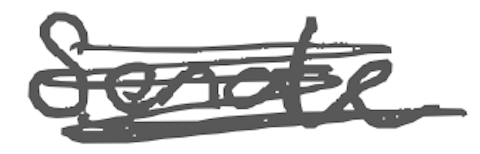
Text: Senate,
Cross-out: scratch
Writing tool: digital_gray